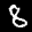
Label: 8